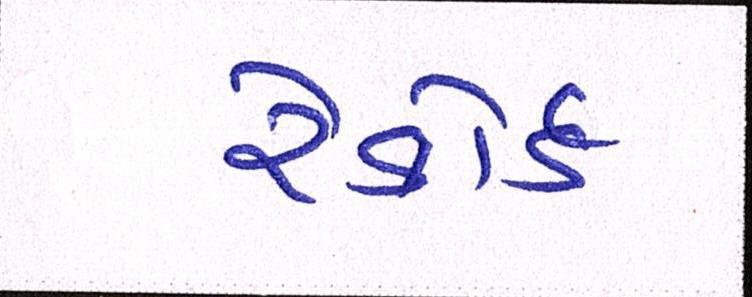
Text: રેકોર્ડ